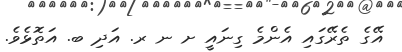
އޭގެ ތެރޭގައި އެންމެ ގިނައީ ށ ނ ރ. އަދި ބ. އަތޮޅެވެ.